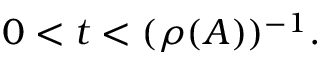
0 < t < ( \rho ( A ) ) ^ { - 1 } .